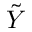
\tilde { Y }